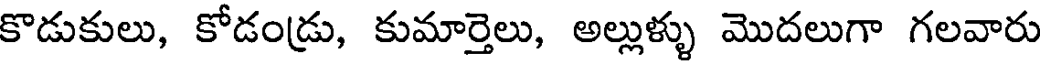
కొడుకులు, కోడండ్రు, కుమార్తెలు, అల్లుళ్ళు మొదలుగా గలవారు